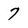
Character: 7